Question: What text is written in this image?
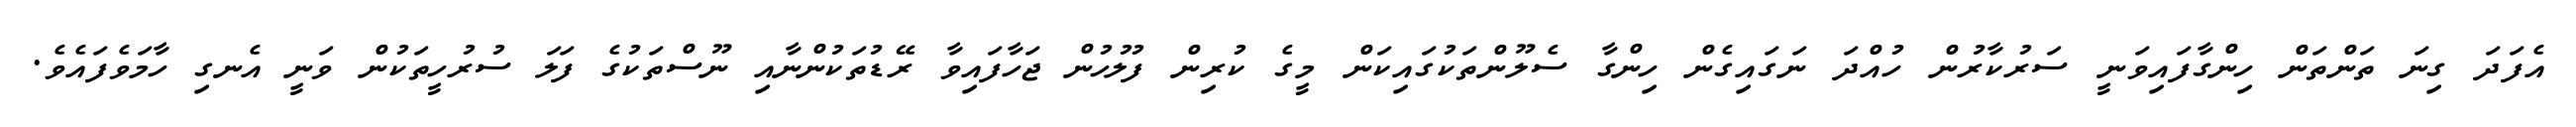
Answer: އެފަދަ ގިނަ ތަންތަން ހިންގާފައިވަނީ ސަރުކާރުން ހުއްދަ ނަގައިގެން ހިންގާ ސެލޫންތަކުގައިކަން މީގެ ކުރިން ފުލުހުން ޖަހާފައިވާ ރޭޑުތަކުންނާއި ނޫސްތަކުގެ ފަލަ ސުރުހީތަކުން ވަނީ އެނގި ހާމަވެފައެވެ.